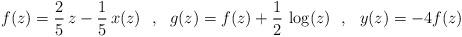
LaTeX: \begin{align*}f(z)=\frac{2}{5}\,z - \frac{1}{5}\,x(z)~~,~~g(z)=f(z)+\frac{1}{2}\,\log(z)~~,~~y(z)= -4f(z)\end{align*}